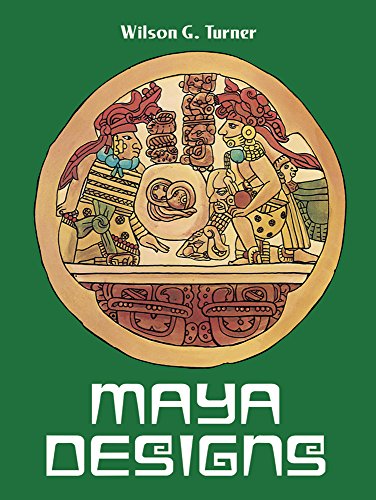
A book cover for Maya Designs (Dover Pictorial Archive); Wilson G. Turner; Arts & Photography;